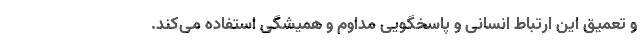
و تعمیق این ارتباط انسانی و پاسخگویی مداوم و همیشگی استفاده می‌کند‌.